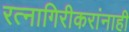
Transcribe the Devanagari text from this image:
रत्नागिरीकरांनाही